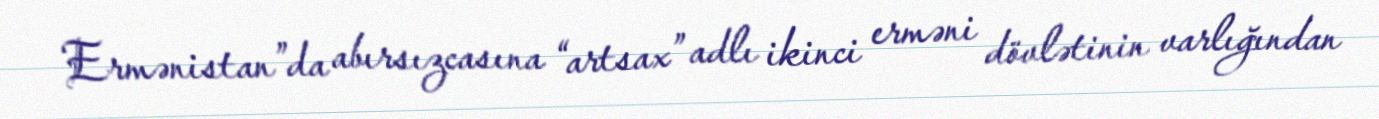
Ermənistan”da abırsızcasına “artsax” adlı ikinci erməni dövlətinin varlığından